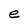
Character: e